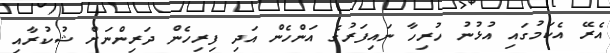
އެރޭ އެކަމުގައި އުޅުނު ހުރިހާ ނައިފަރުގެ އަންހެން އަދި ފިރިހެން ދަރިންނަށް ޝުކުރާއި